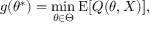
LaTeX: g ( \theta ^ { * } ) = \operatorname* { m i n } _ { \theta \in \Theta } \operatorname { E } [ Q ( \theta , X ) ] ,